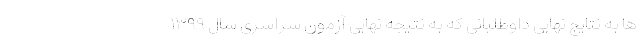
ها به نتایج نهایی داوطلبانی که به نتیجه نهایی آزمون سراسری سال ۱۳۹۹